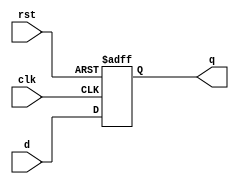
//design - D_flipflop with negetive egde trigger
//modeling - behavioral

module d_ff(clk,d,rst,q);
	input clk,d,rst;
	output q;
	reg q;

always @ (negedge clk or posedge rst)
begin
 if (rst==1'b0)
	q=d;
else
q=1'b0;
end


endmodule